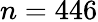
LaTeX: n=446